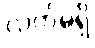
လက်မရှိ